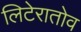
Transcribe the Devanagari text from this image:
लिटेरातोव